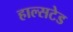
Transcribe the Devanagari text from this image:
हाल्सटेड